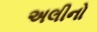
અલીનો